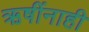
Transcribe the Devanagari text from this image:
ऋषींनाही